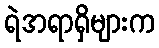
ရဲအရာရှိများက